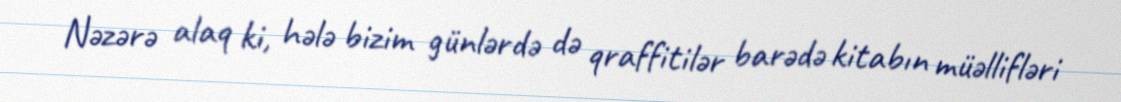
Nəzərə alaq ki, hələ bizim günlərdə də qraffitilər barədə kitabın müəllifləri